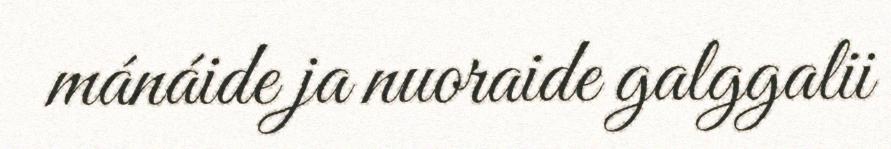
mánáide ja nuoraide galggalii